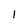
Character: 1